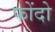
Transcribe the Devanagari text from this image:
फोंदो